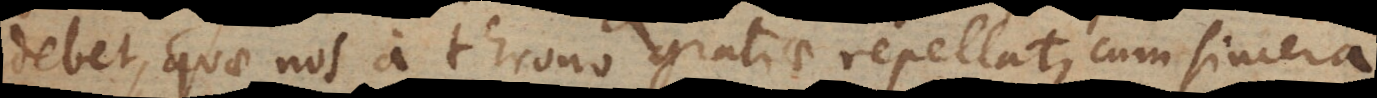
debet, quae nos a throno gratiae repellat, cum sincera